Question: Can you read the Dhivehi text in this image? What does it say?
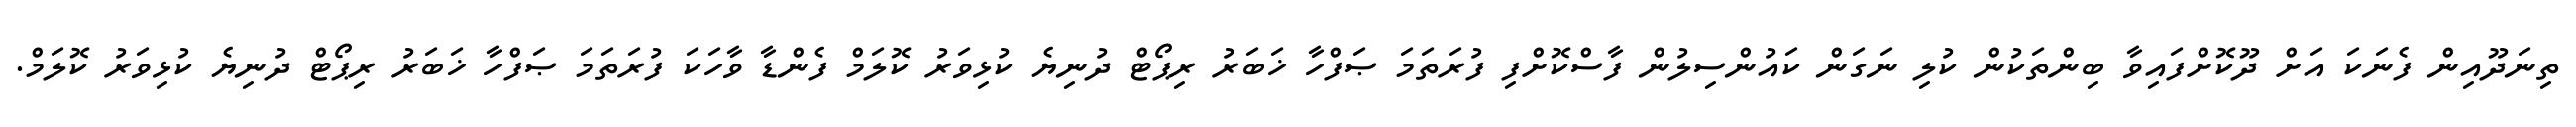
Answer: ތިނަދޫއިން ފެނަކަ އަށް ދޫކޮށްފައިވާ ބިންތަކުން ކުލި ނަގަން ކައުންސިލުން ފާސްކޮށްފި ފުރަތަމަ ޞަފްހާ ޚަބަރު ރިޕޯޓް ދުނިޔެ ކުޅިވަރު ކޮލަމް ފެންޑާ ވާހަކަ ފުރަތަމަ ޞަފްހާ ޚަބަރު ރިޕޯޓް ދުނިޔެ ކުޅިވަރު ކޮލަމް.